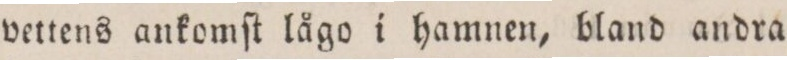
vettens ankomſt lågo i hamnen, bland andra